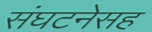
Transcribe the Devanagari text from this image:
संघटनेसह